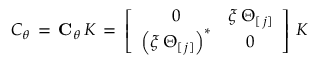
C _ { \theta } \, = \, { \bf C } _ { \theta } \, K \, = \, \left[ \begin{array} { c c } { { 0 } } & { { \xi \, \Theta _ { [ \, j ] } } } \\ { { \left( \xi \, \Theta _ { [ \, j ] } \right) ^ { \ast } } } & { { 0 } } \end{array} \right] \, K